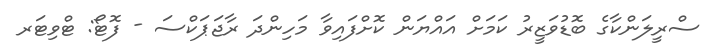
ސްރީލަންކާގެ ބޮޑުވަޒީރު ކަމަށް އައްޔަން ކޮށްފައިވާ މަހިންދަ ރާޖަޕަކްސަ - ފޮޓޯ: ޓްވިޓަރ